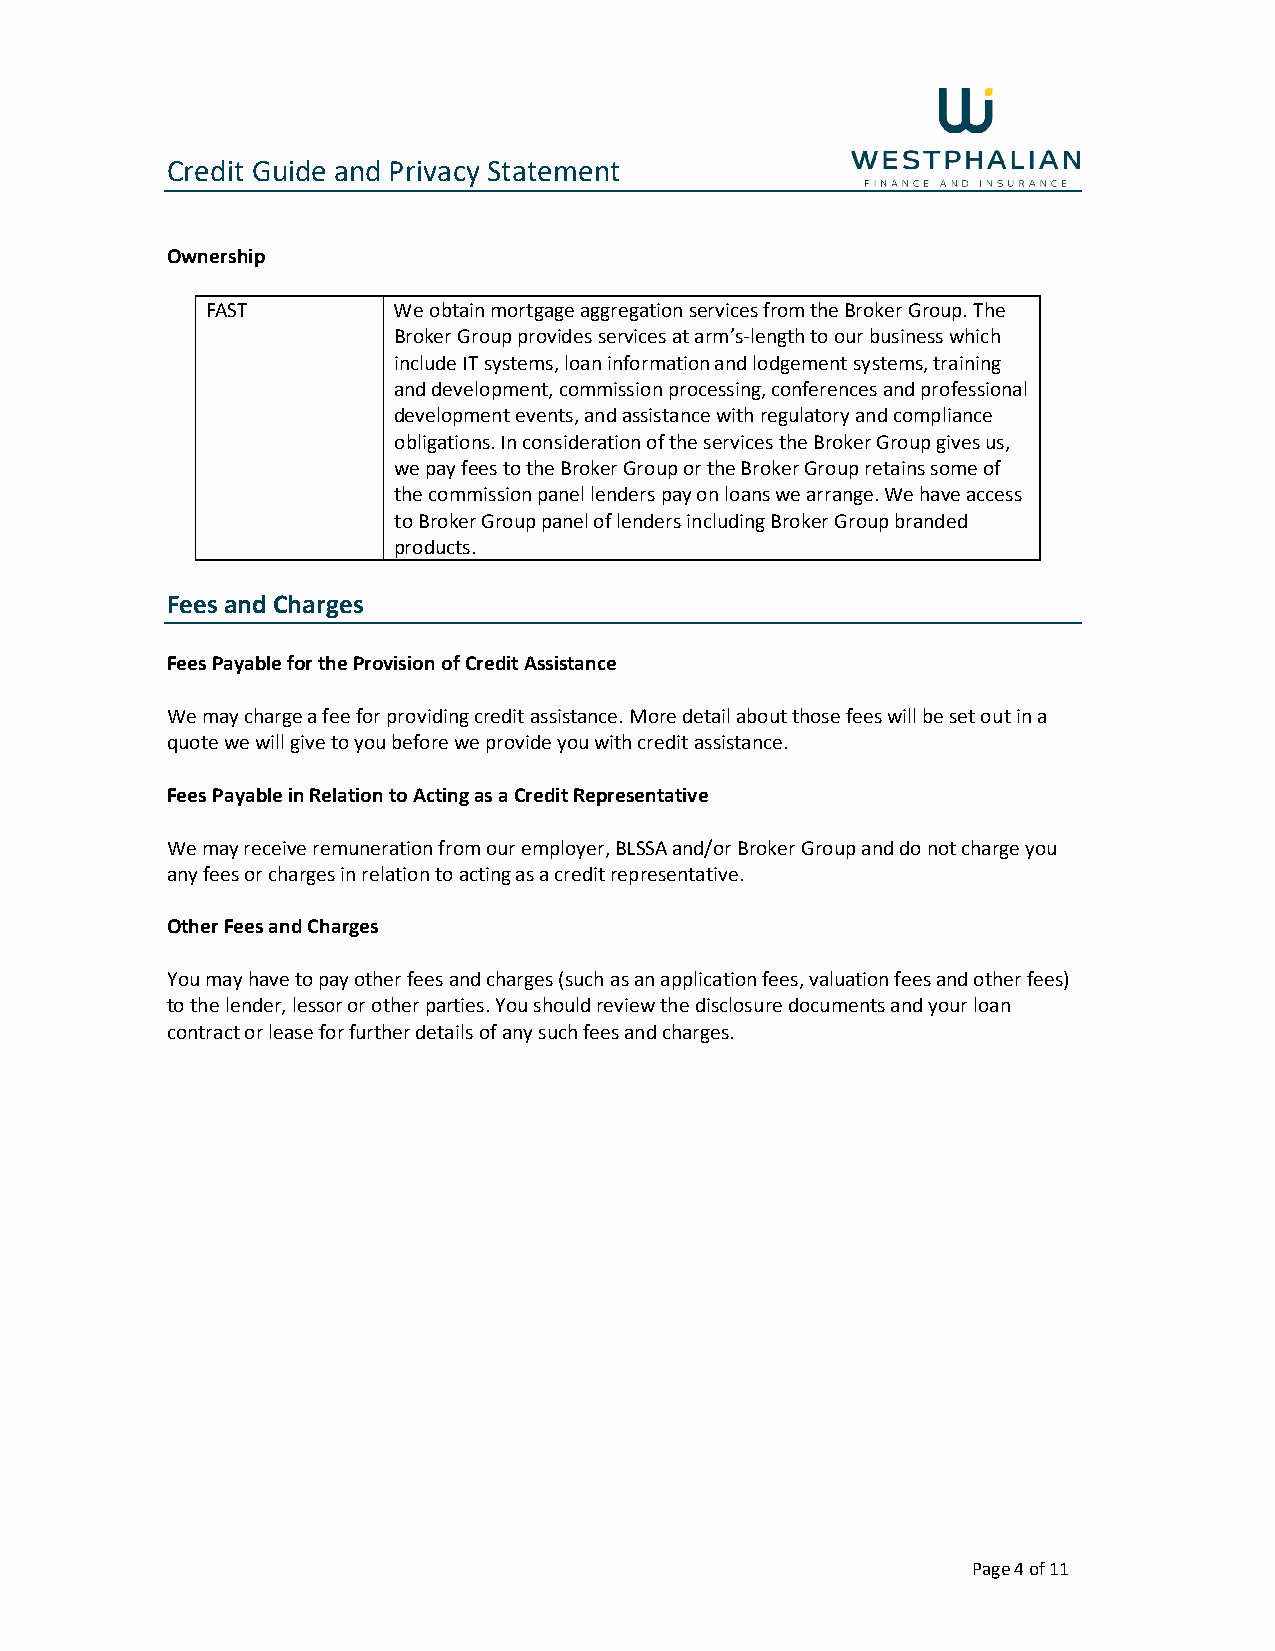
Credit Guide and Privacy Statement
 Ownership
 FAST        We obtain mortgage aggregation services from the Broker Group. The
 Broker Group provides services at arm’s-length to our business which
 include IT systems, loan information and lodgement systems, training
 and development, commission processing, conferences and professional
 development events, and assistance with regulatory and compliance
 obligations. In consideration of the services the Broker Group gives us,
 we pay fees to the Broker Group or the Broker Group retains some of
 the commission panel lenders pay on loans we arrange. We have access
 to Broker Group panel of lenders including Broker Group branded
 products.
 Fees and Charges
 Fees Payable for the Provision of Credit Assistance
 We may charge a fee for providing credit assistance. More detail about those fees will be set out in a
 quote we will give to you before we provide you with credit assistance.
 Fees Payable in Relation to Acting as a Credit Representative
 We may receive remuneration from our employer, BLSSA and/or Broker Group and do not charge you
 any fees or charges in relation to acting as a credit representative.
 Other Fees and Charges
 You may have to pay other fees and charges (such as an application fees, valuation fees and other fees)
 to the lender, lessor or other parties. You should review the disclosure documents and your loan
 contract or lease for further details of any such fees and charges.
 Page 4 of 11